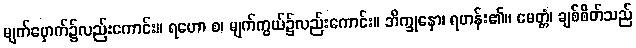
မျက်မှောက်၌လည်းကောင်း။ ရဟော စ၊ မျက်ကွယ်၌လည်းကောင်း။ ဘိက္ခုနော၊ ရဟန်း၏။ မေတ္တံ၊ ချစ်စိတ်သည်